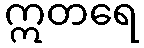
ဣတရေ